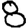
Digit: 8